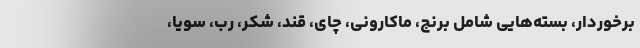
برخوردار، بسته‌هایی شامل برنج، ماکارونی، چای، قند، شکر، رب، سویا،